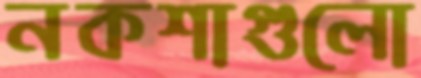
নকশাগুলো